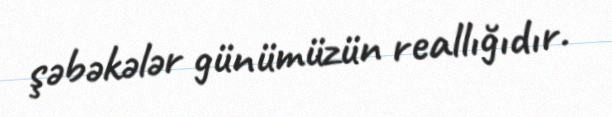
şəbəkələr günümüzün reallığıdır.